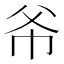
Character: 𫷁